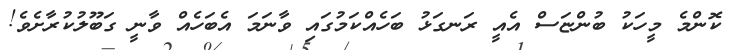
ކޮންމެ މީހަކު ބުންޏަސް އެއީ ރަނގަޅު ބަހެއްކަމުގައި ވާނަމަ އެބަހެއް ވާނީ ގަބޫލުކުރާށެވެ!